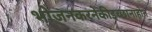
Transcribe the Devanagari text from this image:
भोजनकरनेकीइच्छानाहोन